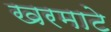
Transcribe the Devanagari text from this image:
खरमाटे